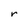
Character: r